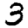
Digit: 3